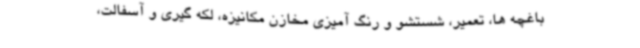
باغچه ها، تعمیر، شستشو و رنگ آمیزی مخازن مکانیزه، لکه گیری و آسفالت،